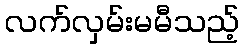
လက်လှမ်းမမီသည့်